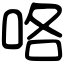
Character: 咯